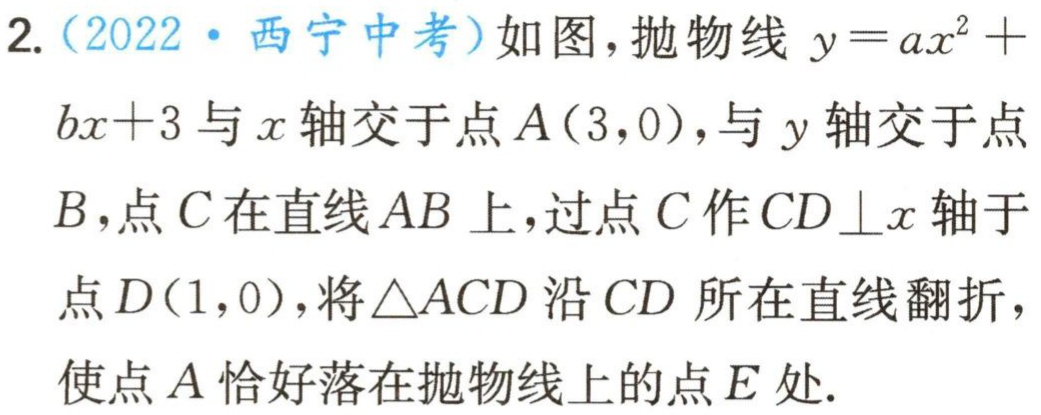
2.（2022·西宁中考）如图，抛物线\(y = ax^{2}+bx + 3\)与\(x\)轴交于点\(A(3,0)\)，与\(y\)轴交于点\(B\)，点\(C\)在直线\(AB\)上，过点\(C\)作\(CD\perp x\)轴于点\(D(1,0)\)，将\(\triangle ACD\)沿\(CD\)所在直线翻折，使点\(A\)恰好落在抛物线上的点\(E\)处.